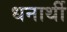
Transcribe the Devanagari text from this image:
धनार्थी